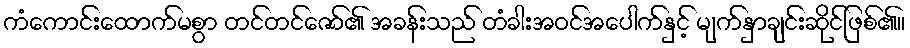
ကံကောင်းထောက်မစွာ တင်တင်ဇော်၏ အခန်းသည် တံခါးအဝင်အပေါက်နှင့် မျက်နှာချင်းဆိုင်ဖြစ်၏။